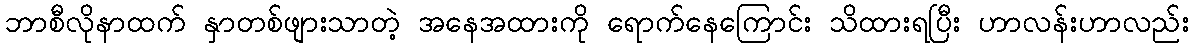
ဘာစီလိုနာထက် နှာတစ်ဖျားသာတဲ့ အနေအထားကို ရောက်နေကြောင်း သိထားရပြီး ဟာလန်းဟာလည်း